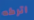
اتركه